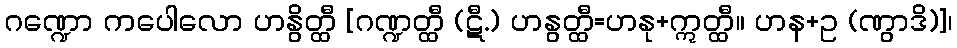
ဂဏ္ဍော ကပေါလော ဟနွိတ္ထီ [ဂဏ္ဍတ္ထီ (ဋီ.) ဟနွတ္ထီ=ဟနု+ဣတ္ထီ။ ဟန+ဥ (ဏွာဒိ)]၊